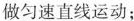
做匀速直线运动；